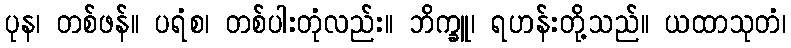
ပုန၊ တစ်ဖန်။ ပရံစ၊ တစ်ပါးတုံလည်း။ ဘိက္ခူ၊ ရဟန်းတို့သည်။ ယထာသုတံ၊